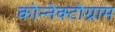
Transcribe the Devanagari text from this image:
कोन्नेक्टोग्राम